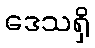
ဒေသရှိ